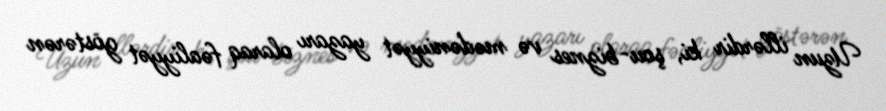
Uzun illərdir ki, şou-biznes və mədəniyyət yazarı olaraq fəaliyyət göstərən